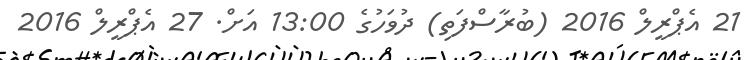
21 އެޕްރީލް 2016 (ބުރާސްފަތި) ދުވަހުގެ 13:00 އަށް. 27 އެޕްރީލް 2016